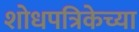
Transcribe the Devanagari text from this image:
शोधपत्रिकेच्या